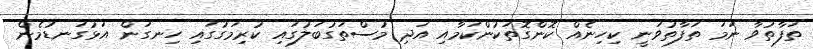
ތަފާތުވާ ނަމަ ތަފާތުވަނީ ކިހިނެއް ކޮންގޮތަކުންކަމާއި އަދި މުސްތަގުބަލުގައި ކުރިމަގުގައި ހިނގަން އަޅުގަނޑުމެން